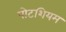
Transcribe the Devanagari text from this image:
पोटशियम